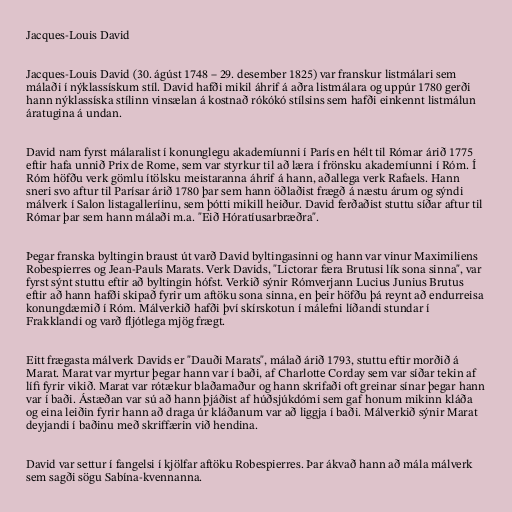
Jacques-Louis David

Jacques-Louis David (30. ágúst 1748 – 29. desember 1825) var franskur listmálari sem
málaði í nýklassískum stíl. David hafði mikil áhrif á aðra listmálara og uppúr 1780 gerði
hann nýklassíska stílinn vinsælan á kostnað rókókó stílsins sem hafði einkennt listmálun
áratugina á undan.

David nam fyrst málaralist í konunglegu akademíunni í París en hélt til Rómar árið 1775
eftir hafa unnið Prix de Rome, sem var styrkur til að læra í frönsku akademíunni í Róm. Í
Róm höfðu verk gömlu ítölsku meistaranna áhrif á hann, aðallega verk Rafaels. Hann
sneri svo aftur til Parísar árið 1780 þar sem hann öðlaðist frægð á næstu árum og sýndi
málverk í Salon listagalleríinu, sem þótti mikill heiður. David ferðaðist stuttu síðar aftur til
Rómar þar sem hann málaði m.a. "Eið Hóratíusarbræðra".

Þegar franska byltingin braust út varð David byltingasinni og hann var vinur Maximiliens
Robespierres og Jean-Pauls Marats. Verk Davids, "Lictorar færa Brutusi lík sona sinna", var
fyrst sýnt stuttu eftir að byltingin hófst. Verkið sýnir Rómverjann Lucius Junius Brutus
eftir að hann hafði skipað fyrir um aftöku sona sinna, en þeir höfðu þá reynt að endurreisa
konungdæmið í Róm. Málverkið hafði því skírskotun í málefni líðandi stundar í
Frakklandi og varð fljótlega mjög frægt.

Eitt frægasta málverk Davids er "Dauði Marats", málað árið 1793, stuttu eftir morðið á
Marat. Marat var myrtur þegar hann var í baði, af Charlotte Corday sem var síðar tekin af
lífi fyrir vikið. Marat var rótækur blaðamaður og hann skrifaði oft greinar sínar þegar hann
var í baði. Ástæðan var sú að hann þjáðist af húðsjúkdómi sem gaf honum mikinn kláða
og eina leiðin fyrir hann að draga úr kláðanum var að liggja í baði. Málverkið sýnir Marat
deyjandi í baðinu með skriffærin við hendina.

David var settur í fangelsi í kjölfar aftöku Robespierres. Þar ákvað hann að mála málverk
sem sagði sögu Sabína-kvennanna.